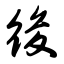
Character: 後